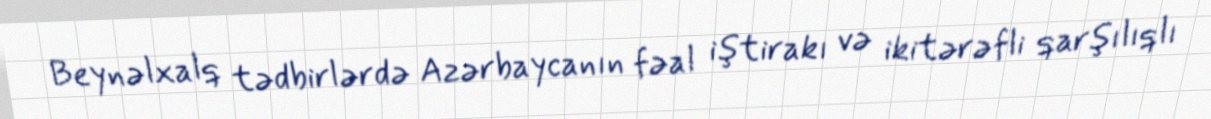
Beynəlxalq tədbirlərdə Azərbaycanın fəal iştirakı və ikitərəfli qarşılıqlı